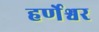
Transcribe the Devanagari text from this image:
हर्णेश्वर